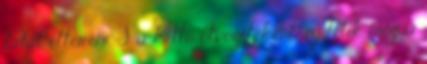
falat étterem. S a kettő ötvözeteként születik meg a